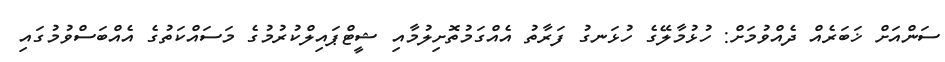
ސަންއަށް ޚަބަރެއް ދެއްވުމަށް: ހުޅުމާލޭގެ ހުޅަނގު ފަރާތު އެއްގަމުތޮށިލުމާއި ޝީޓްޕައިލްކުރުމުގެ މަސައްކަތުގެ އެއްބަސްވުމުގައި